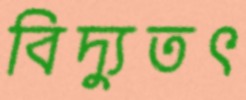
বিদ্যুতৎ